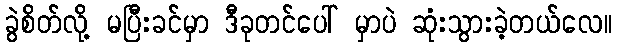
ခွဲစိတ်လို့ မပြီးခင်မှာ ဒီခုတင်ပေါ် မှာပဲ ဆုံးသွားခဲ့တယ်လေ။